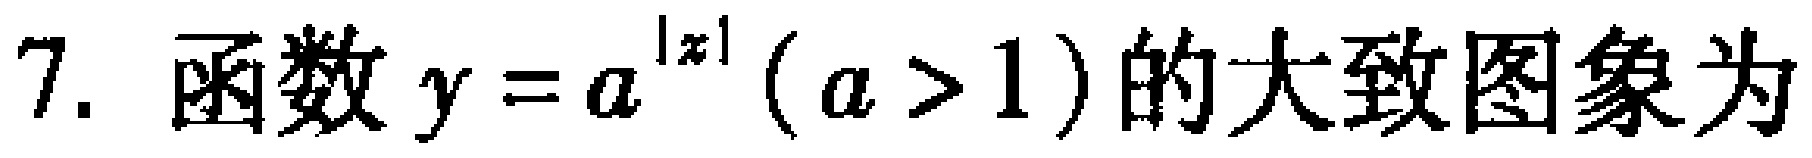
7. 函数\(y = a^{|x|}(a > 1)\)的大致图象为